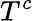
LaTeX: T^{c}